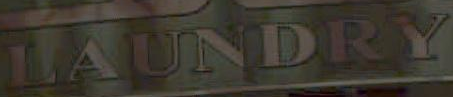
LAUNDRY